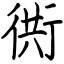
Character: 衖